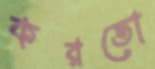
করতো